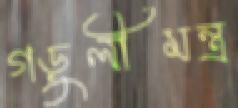
গড়ুলীমন্ত্র